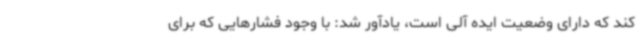
کند که دارای وضعیت ایده آلی است، یادآور شد: با وجود فشارهایی که برای